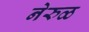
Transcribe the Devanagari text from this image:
नेरुळ